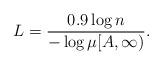
LaTeX: \begin{align*}L = \frac{0.9\log n}{-\log \mu[A, \infty)}.\end{align*}